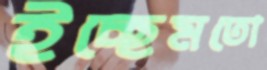
ইচ্ছেমতো